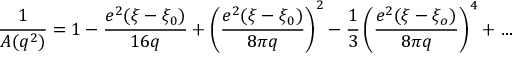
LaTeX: \frac { 1 } { A ( q ^ { 2 } ) } = 1 - \frac { e ^ { 2 } ( \xi - \xi _ { 0 } ) } { 1 6 q } + \left( \frac { e ^ { 2 } ( \xi - \xi _ { 0 } ) } { 8 \pi q } \right) ^ { 2 } - \frac { 1 } { 3 } \left( \frac { e ^ { 2 } ( \xi - \xi _ { o } ) } { 8 \pi q } \right) ^ { 4 } + \ldots